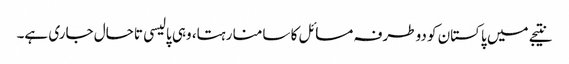
نتیجے میں پاکستان کو دوطرفہ مسائل کا سامنا رہتا، وہی پالیسی تاحال جاری ہے۔